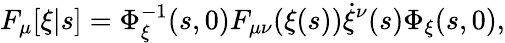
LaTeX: F_{\mu}[\xi|s]=\Phi_{\xi}^{-1}(s,0)F_{\mu\nu}(\xi(s))\dot{\xi}^{\nu}(s)\Phi_{\xi}(s,0),